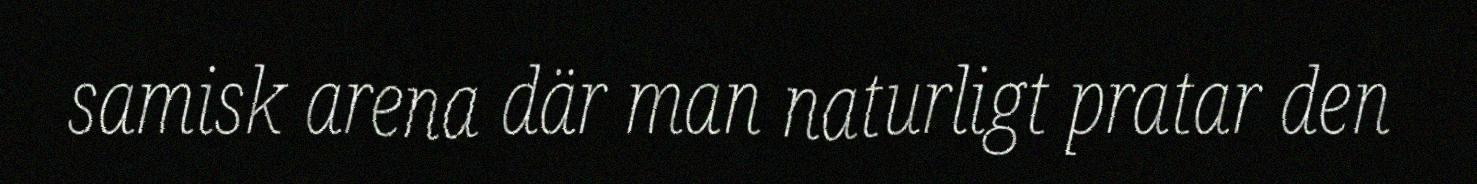
samisk arena där man naturligt pratar den